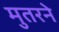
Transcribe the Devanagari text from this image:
मुतरने